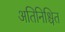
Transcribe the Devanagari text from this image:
अतिनिश्चित